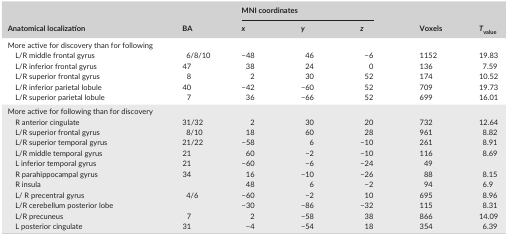
<table><thead><tr><td rowspan="2"><b>Anatomical localization</b></td><td rowspan="2"><b>BA</b></td><td colspan="3"><b>MNI coordinates</b></td><td rowspan="2"><b>Voxels</b></td><td rowspan="2"><b><i>T</i><sub>value</sub></b></td></tr><tr><td><b><i>x</i></b></td><td><b><i>y</i></b></td><td><b><i>z</i></b></td></tr></thead><tbody><tr><td colspan="7">More active for discovery than for following</td></tr><tr><td>L/R middle frontal gyrus</td><td>6/8/10</td><td>−48</td><td>46</td><td>−6</td><td>1152</td><td>19.83</td></tr><tr><td>L/R inferior frontal gyrus</td><td>47</td><td>38</td><td>24</td><td>0</td><td>136</td><td>7.59</td></tr><tr><td>L/R superior frontal gyrus</td><td>8</td><td>2</td><td>30</td><td>52</td><td>174</td><td>10.52</td></tr><tr><td>L/R inferior parietal lobule</td><td>40</td><td>−42</td><td>−60</td><td>52</td><td>709</td><td>19.73</td></tr><tr><td>L/R superior parietal lobule</td><td>7</td><td>36</td><td>−66</td><td>52</td><td>699</td><td>16.01</td></tr><tr><td colspan="7">More active for following than for discovery</td></tr><tr><td>R anterior cingulate</td><td>31/32</td><td>2</td><td>30</td><td>20</td><td>732</td><td>12.64</td></tr><tr><td>L/R superior frontal gyrus</td><td>8/10</td><td>18</td><td>60</td><td>28</td><td>961</td><td>8.82</td></tr><tr><td>L/R superior temporal gyrus</td><td>21/22</td><td>−58</td><td>6</td><td>−10</td><td>261</td><td>8.91</td></tr><tr><td>L/R middle temporal gyrus</td><td>21</td><td>60</td><td>−2</td><td>−10</td><td>116</td><td>8.69</td></tr><tr><td>L inferior temporal gyrus</td><td>21</td><td>−60</td><td>−6</td><td>−24</td><td>49</td><td></td></tr><tr><td>R parahippocampal gyrus</td><td>34</td><td>16</td><td>−10</td><td>−26</td><td>88</td><td>8.15</td></tr><tr><td>R insula</td><td></td><td>48</td><td>6</td><td>−2</td><td>94</td><td>6.9</td></tr><tr><td>L/ R precentral gyrus</td><td>4/6</td><td>−60</td><td>−2</td><td>10</td><td>695</td><td>8.96</td></tr><tr><td>L/R cerebellum posterior lobe</td><td></td><td>−30</td><td>−86</td><td>−32</td><td>115</td><td>8.31</td></tr><tr><td>L/R <underline>precuneus</underline></td><td>7</td><td>2</td><td>−58</td><td>38</td><td>866</td><td>14.09</td></tr><tr><td>L posterior cingulate</td><td>31</td><td>−4</td><td>−54</td><td>18</td><td>354</td><td>6.39</td></tr></tbody></table>